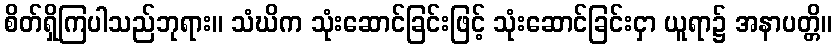
စိတ်ရှိကြပါသည်ဘုရား။ သံဃိက သုံးဆောင်ခြင်းဖြင့် သုံးဆောင်ခြင်းငှာ ယူရာ၌ အနာပတ္တိ။